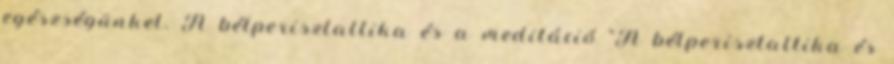
egészségünket. A bélperisztaltika és a meditáció "A bélperisztaltika és